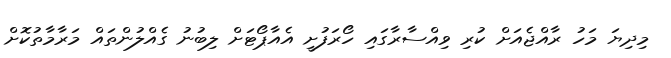
މިދިޔަ މަހު ރާއްޖެއަށް ކުރި ވިއްސާރާގައި ހޯރަފުށީ އެއާޕޯޓަށް ލިބުނު ގެއްލުންތައް މަރާމާތުކޮށް